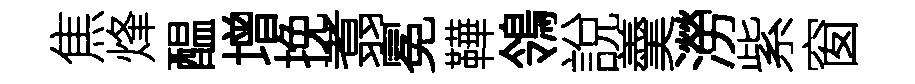
焦烽醖增挽翥冕鞾鴒說羹澇紫窗